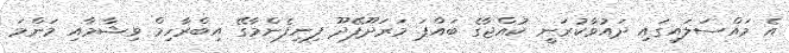
އެ މައްސަލައިގައި ދައުވާކުރަނީ ކުއްޖާގެ ބައްޕަ މަރަދޫފޭދޫ ފިނިފެންމާގޭ އިބްރާހިމް ވިޝާމާއި މަންމަ